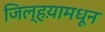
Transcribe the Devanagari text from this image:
जिल्हय़ामधून